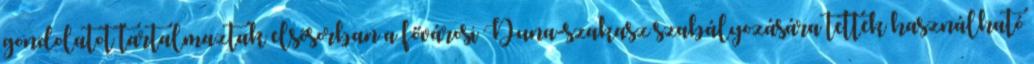
gondolatot tartalmaztak elsõsorban a fővárosi Duna-szakasz szabályozására tettek használható